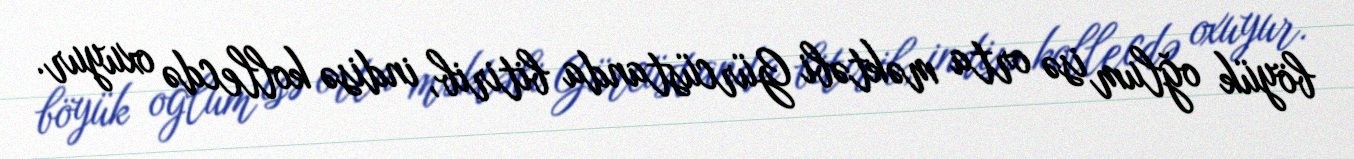
böyük oğlum isə orta məktəbi Gürcüstanda bitirib, indisə kollecdə oxuyur.